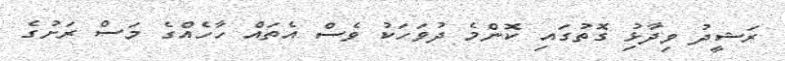
ރަޝީދު ވިދާޅުި ގޮތުގައި ކޮންމެ ދުވަހަކު ވެސް އެތައް ހާހެއްގެ މަސް ރަށުގެ